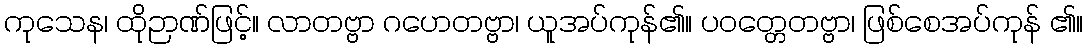
ကုသေန၊ ထိုဉာဏ်ဖြင့်။ လာတဗ္ဗာ ဂဟေတဗ္ဗာ၊ ယူအပ်ကုန်၏။ ပဝတ္တေတဗ္ဗာ၊ ဖြစ်စေအပ်ကုန် ၏။